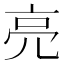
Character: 亮